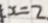
x = 2